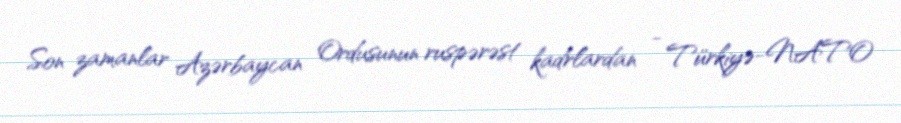
Son zamanlar Azərbaycan Ordusunun ruspərəst kadrlardan - Türkiyə-NATO